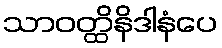
သာဝတ္ထိနိဒါနံပေ